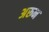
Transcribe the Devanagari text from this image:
अरून